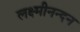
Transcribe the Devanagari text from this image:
लक्ष्मीनन्दन